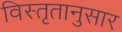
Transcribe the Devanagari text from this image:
विस्तृतानुसार